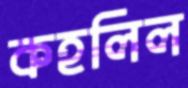
কহলিল